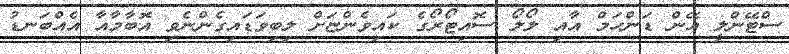
ސްޓޭންލީ އޭން ޑަންހަމް އާއި ލޯލޯ ސޮއިޓޯރޯގެ ކައިވެންޏަށް ލިބިވަޑައިގެންނެވި އޮބާމާއާ އެއްބަނޑު